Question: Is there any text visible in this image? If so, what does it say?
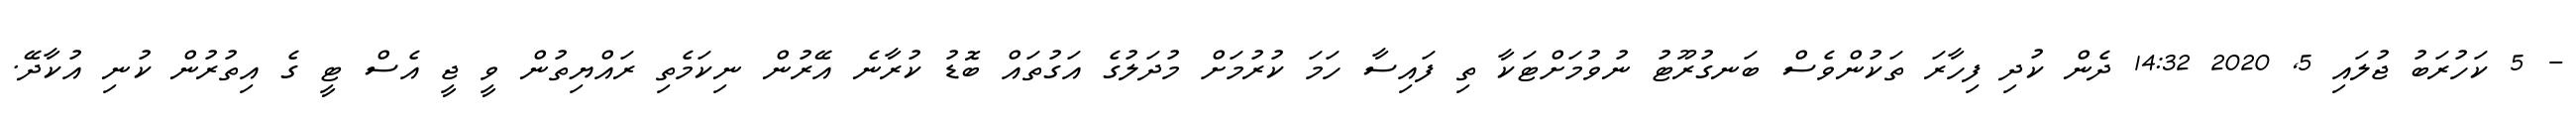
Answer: - 5 ކަހުރަބު ޖުލައި 5, 2020 14:32 ދެން ކުދި ފިހާރަ ތަކުންވެސް ބަނގުރޫޓު ނުވުމަށްޓަކާ ތި ފައިސާ ހަމަ ކުރުމަށް މުދަލުގެ އަގުތައް ބޮޑު ކުރާނެ އޭރުން ނިކަމެތި ރައްޔިތުން ވީ ޖީ އެސް ޓީ ގެ އިތުރުން ކުނި އުކާދޭ.